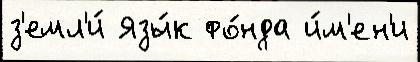
з'емл'и́ Язы́к фо́нда и́м'ен'и